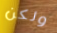
ولكن